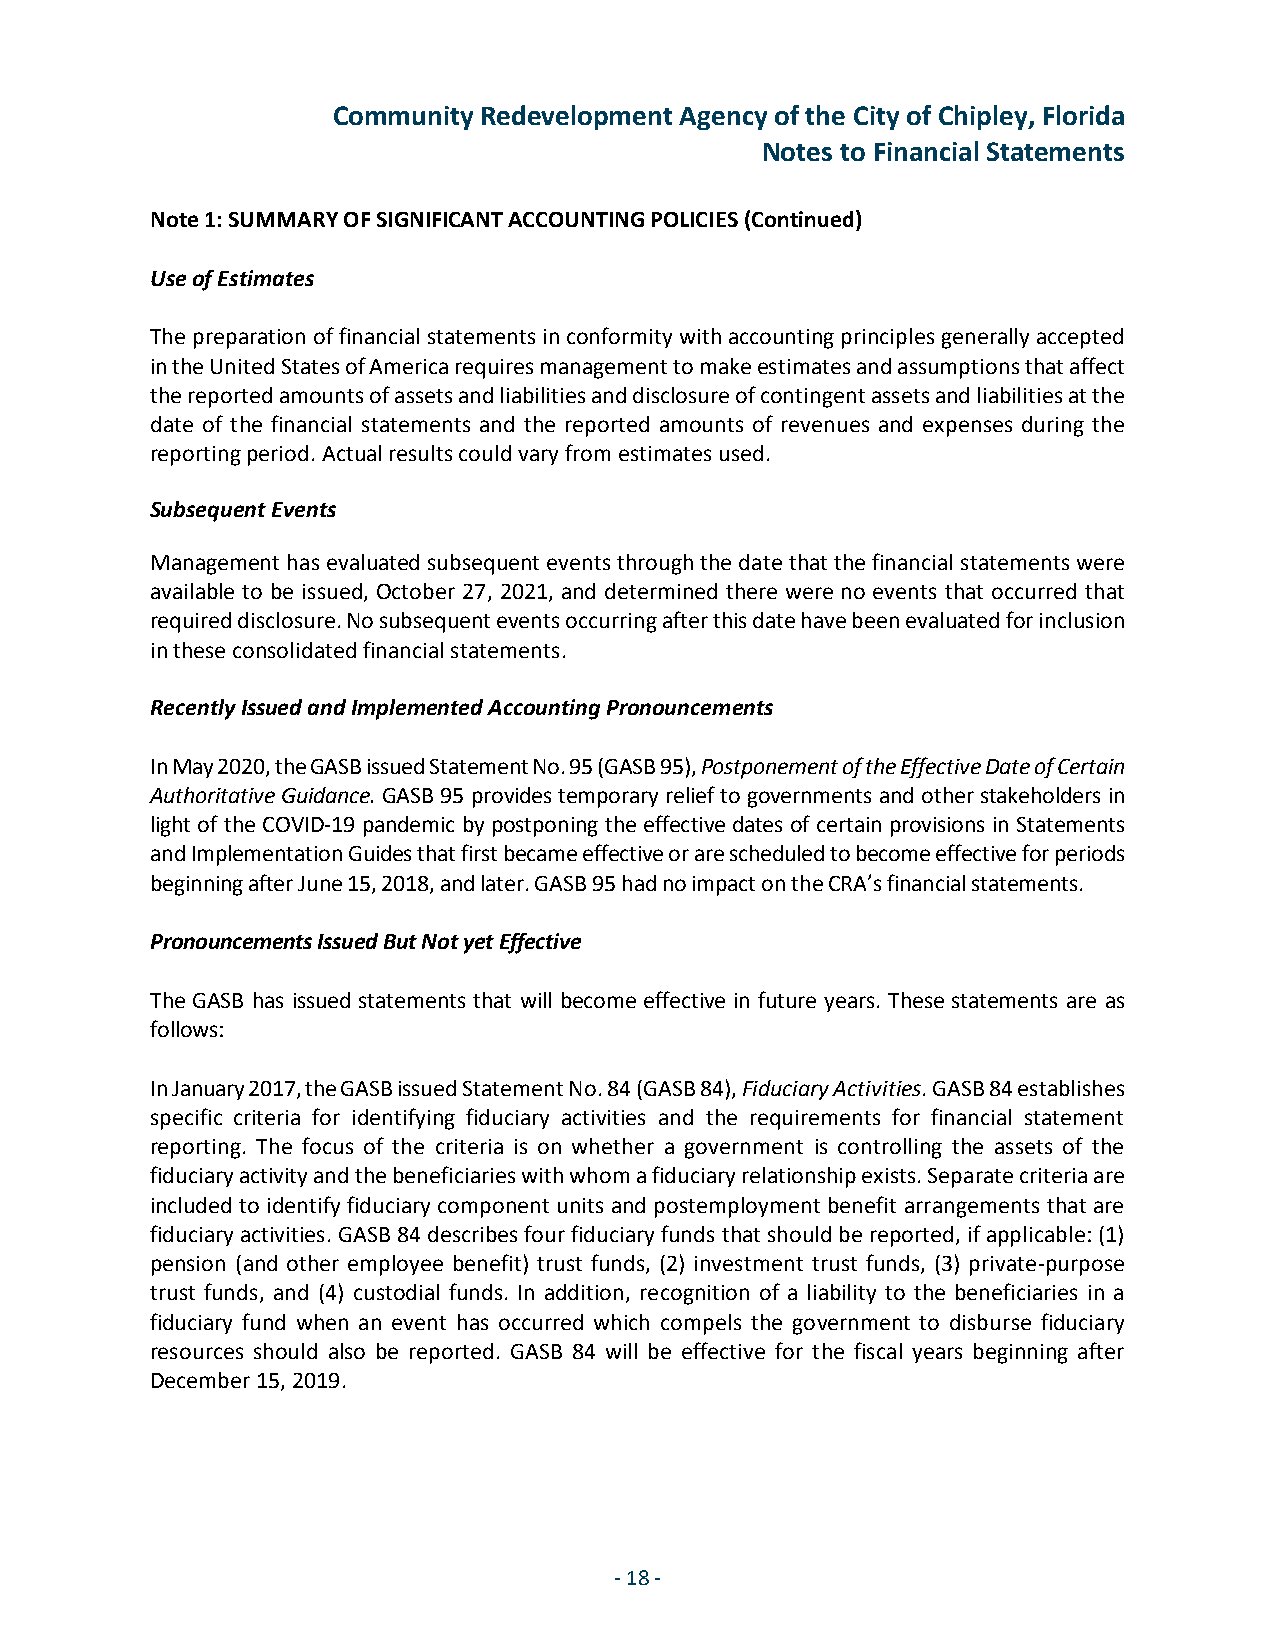
Community Redevelopment Agency of the City of Chipley, Florida
 Notes to Financial Statements
 Note 1: SUMMARY OF SIGNIFICANT ACCOUNTING POLICIES (Continued)
 Use of Estimates
 The preparation of financial statements in conformity with accounting principles generally accepted
 in the United States of America requires management to make estimates and assumptions that affect
 the reported amounts of assets and liabilities and disclosure of contingent assets and liabilities at the
 date of the financial statements and the reported amounts of revenues and expenses during the
 reporting period. Actual results could vary from estimates used.
 Subsequent Events
 Management has evaluated subsequent events through the date that the financial statements were
 available to be issued, October 27, 2021, and determined there were no events that occurred that
 required disclosure. No subsequent events occurring after this date have been evaluated for inclusion
 in these consolidated financial statements.
 Recently Issued and Implemented Accounting Pronouncements
 In May 2020, the GASB issued Statement No. 95 (GASB 95), Postponement of the Effective Date of Certain
 Authoritative Guidance. GASB 95 provides temporary relief to governments and other stakeholders in
 light of the COVID-19 pandemic by postponing the effective dates of certain provisions in Statements
 and Implementation Guides that first became effective or are scheduled to become effective for periods
 beginning after June 15, 2018, and later. GASB 95 had no impact on the CRA’s financial statements.
 Pronouncements Issued But Not yet Effective
 The GASB has issued statements that will become effective in future years. These statements are as
 follows:
 In January 2017, the GASB issued Statement No. 84 (GASB 84), Fiduciary Activities. GASB 84 establishes
 specific criteria for identifying fiduciary activities and the requirements for financial statement
 reporting. The focus of the criteria is on whether a government is controlling the assets of the
 fiduciary activity and the beneficiaries with whom a fiduciary relationship exists. Separate criteria are
 included to identify fiduciary component units and postemployment benefit arrangements that are
 fiduciary activities. GASB 84 describes four fiduciary funds that should be reported, if applicable: (1)
 pension (and other employee benefit) trust funds, (2) investment trust funds, (3) private-purpose
 trust funds, and (4) custodial funds. In addition, recognition of a liability to the beneficiaries in a
 fiduciary fund when an event has occurred which compels the government to disburse fiduciary
 resources should also be reported. GASB 84 will be effective for the fiscal years beginning after
 December 15, 2019.
 -18 -